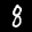
Label: 8